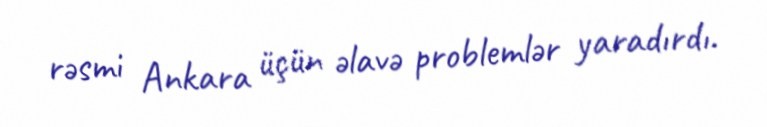
rəsmi Ankara üçün əlavə problemlər yaradırdı.